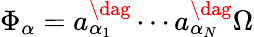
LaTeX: \Phi_{\alpha}=a_{\alpha_{1}}^{\dag}\cdots a_{\alpha_{N}}^{\dag}\Omega